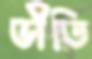
ভীতি